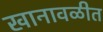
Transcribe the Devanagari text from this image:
खानावळीत